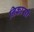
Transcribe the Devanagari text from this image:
निकासो